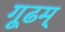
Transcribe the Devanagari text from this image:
गूढम्